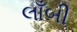
લાઁબી